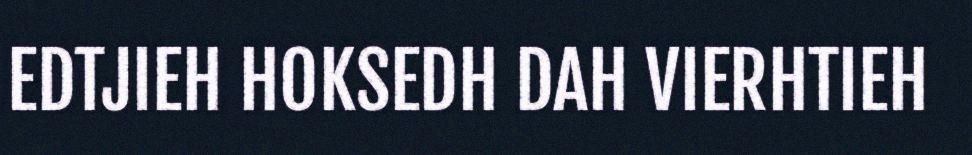
EDTJIEH HOKSEDH DAH VIERHTIEH